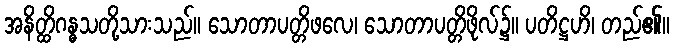
အနိတ္ထိဂန္ဓသတို့သားသည်။ သောတာပတ္တိဖလေ၊ သောတာပတ္တိဖိုလ်၌။ ပတိဋ္ဌဟိ၊ တည်၏။